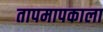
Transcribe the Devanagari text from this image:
तापमापकाला